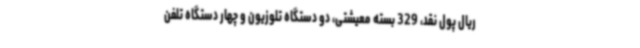
ریال پول نقد، 329 بسته معیشتی، دو دستگاه تلوزیون و چهار دستگاه تلفن